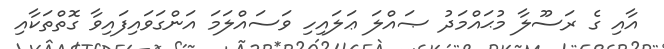
އާއި ގެ ރަސޫލާ މުޙައްމަދު ޞައްލަ ޢަލައިހި ވަސައްލަމަ އަންގަވައިފައިވާ ގޮތްތަކާއި